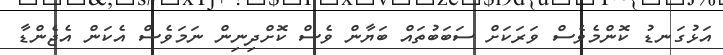
އަޅުގަނޑު ކޮންމެވެސް ވަރަކަށް ސަބަބުތައް ބަޔާން ވެސް ކޮށްދިނިން ނަމަވެސް އެކަން އެޖެންޑާ